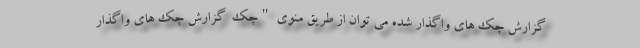
گزارش چک های واگذار شده می توان از طریق منوی "چک  گزارش چک های واگذار